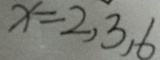
x = 2 , 3 , 6